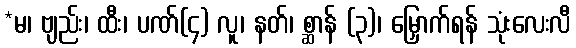
*မ၊ ဗျည်း၊ ထီး၊ ပဏ်(၄) လူ၊ နတ်၊ စ္ဆာန် (၃)၊ မြှောက်ရန် သုံးလေးလီ